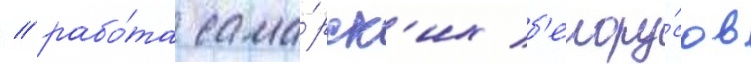
/ рабо́та сама́рск'их б'елору́сов